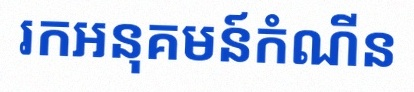
រកអនុគមន៍កំណើន